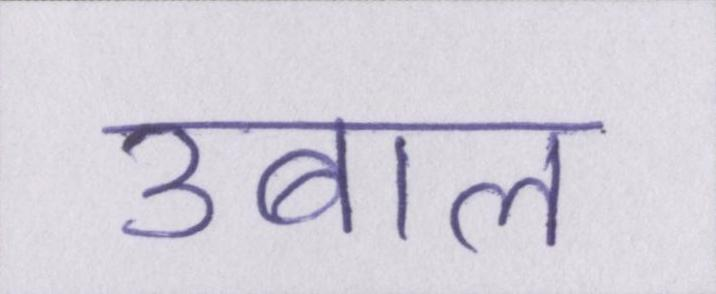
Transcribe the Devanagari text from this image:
उबाल